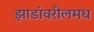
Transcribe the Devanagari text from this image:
झाडांवरीलमध